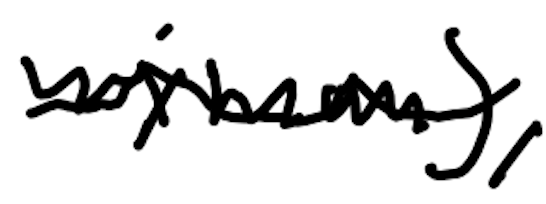
Text: Wyman),
Cross-out: wave
Writing tool: digital_black